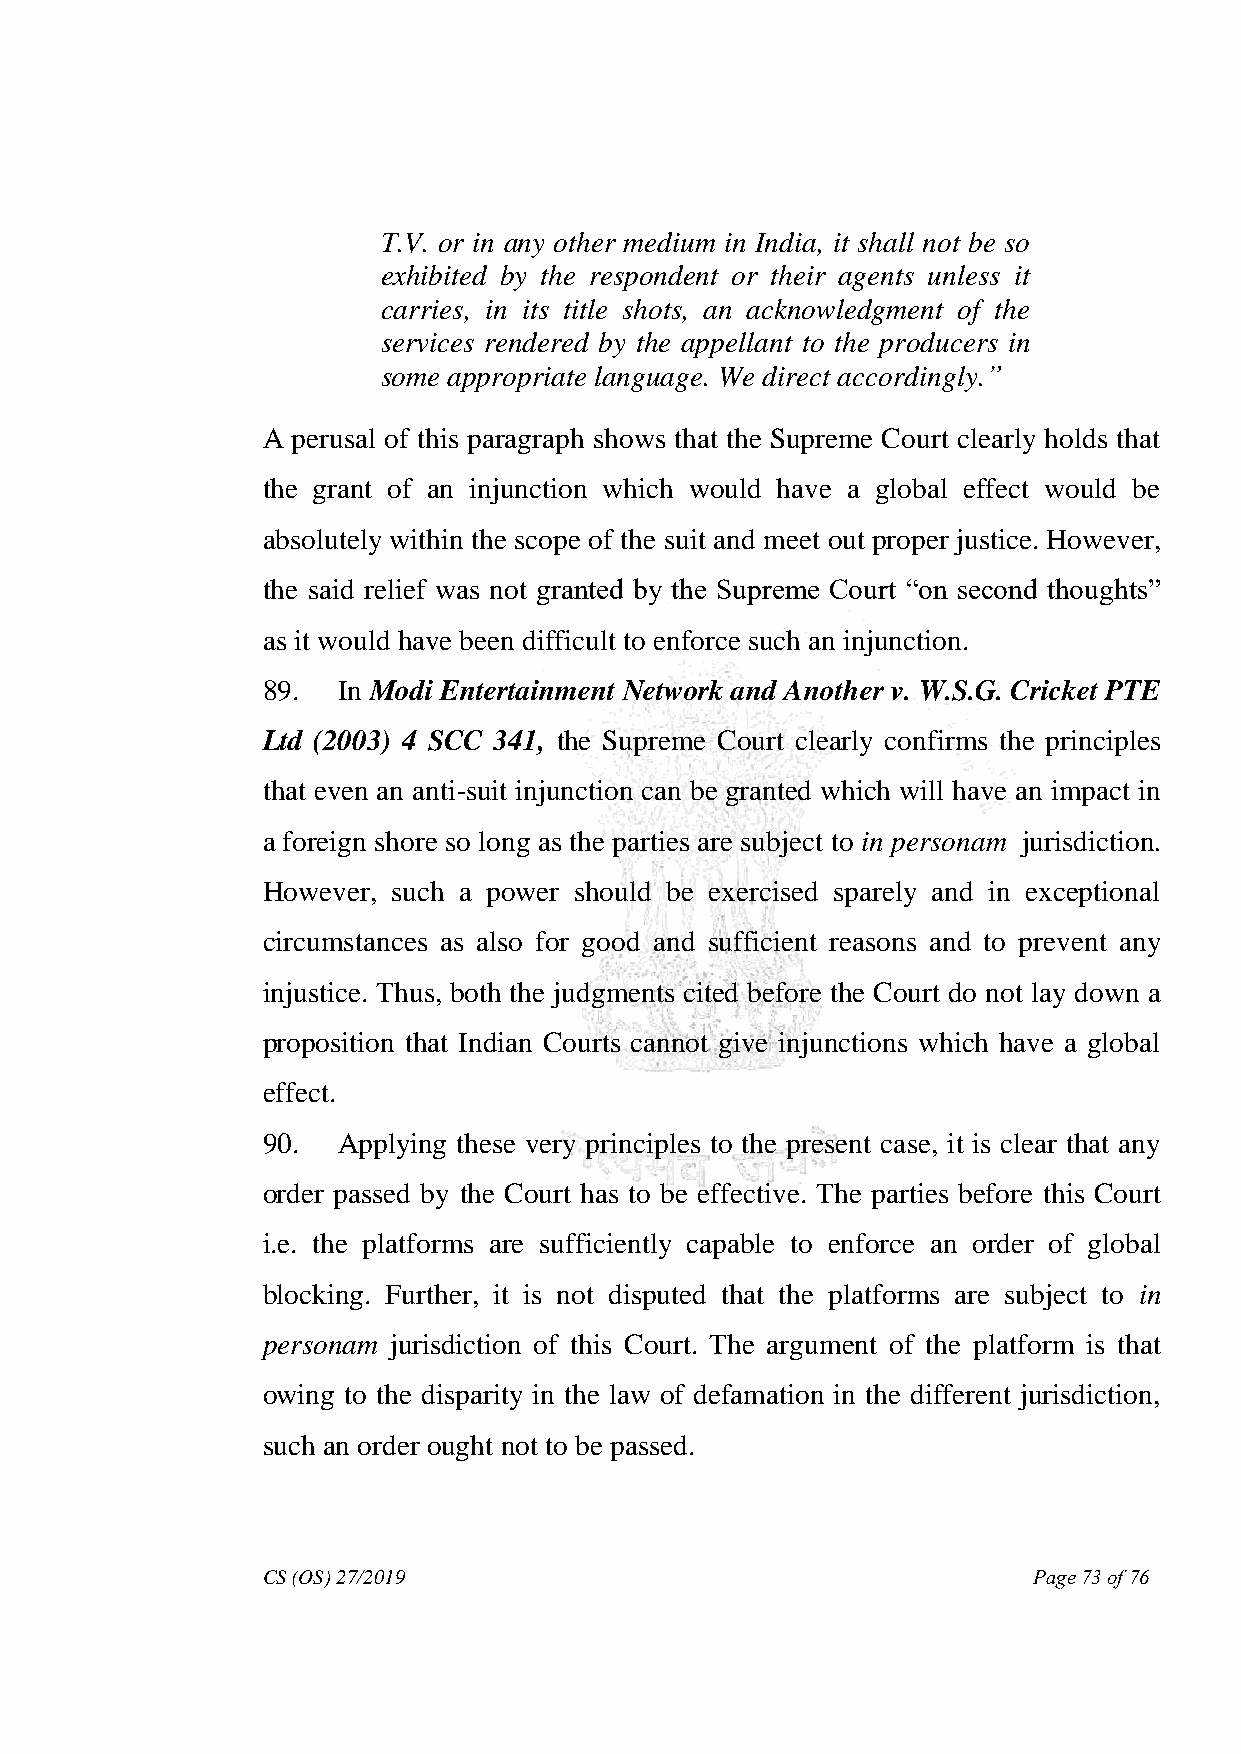
T.V. or in any other medium in India, it shall not be so
 exhibited by the respondent or their agents unless it
 carries, in its title shots, an acknowledgment of the
 services rendered by the appellant to the producers in
 some appropriate language. We direct accordingly.‖
 A perusal of this paragraph shows that the Supreme Court clearly holds that
 the grant of an injunction which would have a global effect would be
 absolutely within the scope of the suit and meet out proper justice. However,
 the said relief was not granted by the Supreme Court “on second thoughts”
 as it would have been difficult to enforce such an injunction.
 89.  In Modi Entertainment Network and Another v. W.S.G. Cricket PTE
 Ltd (2003) 4 SCC 341, the Supreme Court clearly confirms the principles
 that even an anti-suit injunction can be granted which will have an impact in
 a foreign shore so long as the parties are subject to in personam jurisdiction.
 However, such a power should be exercised sparely and in exceptional
 circumstances as also for good and sufficient reasons and to prevent any
 injustice. Thus, both the judgments cited before the Court do not lay down a
 proposition that Indian Courts cannot give injunctions which have a global
 effect.
 90.  Applying these very principles to the present case, it is clear that any
 order passed by the Court has to be effective. The parties before this Court
 i.e. the platforms are sufficiently capable to enforce an order of global
 blocking. Further, it is not disputed that the platforms are subject to in
 personam jurisdiction of this Court. The argument of the platform is that
 owing to the disparity in the law of defamation in the different jurisdiction,
 such an order ought not to be passed.
 CS (OS) 27/2019                                    Page 73 of 76